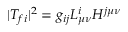
| T _ { f i } | ^ { 2 } = g _ { i j } L _ { \mu \nu } ^ { i } H ^ { j \mu \nu }